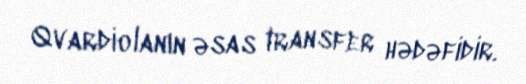
Qvardiolanın əsas transfer hədəfidir.